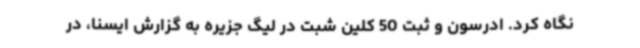
نگاه کرد. ادرسون و ثبت 50 کلین شبت در لیگ جزیره به گزارش ایسنا، در